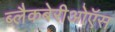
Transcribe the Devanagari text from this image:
ब्लैकबेरीओऍस